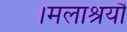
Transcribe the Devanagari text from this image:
।मलाश्रयौ